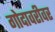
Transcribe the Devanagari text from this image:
गोदावरीवर